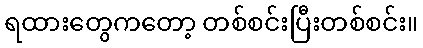
ရထားတွေကတော့ တစ်စင်းပြီးတစ်စင်း။